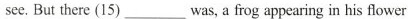
see. But there (15) ___ was, a frog appearing in his flower